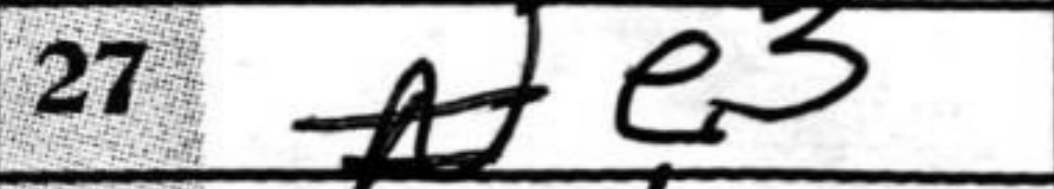
Transcription: e3